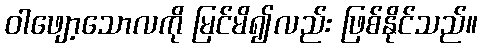
ဝါဖျော့သောလကို မြင်မိ၍လည်း ဖြစ်နိုင်သည်။